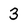
Character: 3